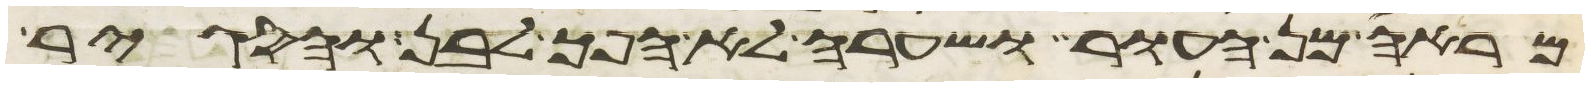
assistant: מראה מן העור ושערה לא הפך לבן והסגיר